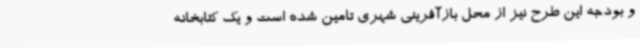
و بودجه این طرح نیز از محل بازآفرینی شهری تامین شده است و یک کتابخانه